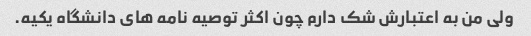
ولی من به اعتبارش شک دارم چون اکثر توصیه نامه های دانشگاه یکیه.